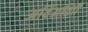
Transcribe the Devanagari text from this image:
अविअतािों